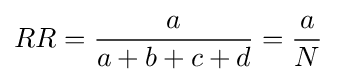
RR={\frac {a}{a+b+c+d}}={\frac {a}{N}}